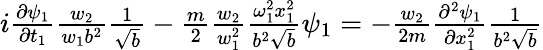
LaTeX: \begin{array}{r}{i\frac{\partial\psi_{1}}{\partial t_{1}}\frac{w_{2}}{w_{1}b^{2}}\frac{1}{\sqrt{b}}-\frac{m}{2}\frac{w_{2}}{w_{1}^{2}}\frac{\omega_{1}^{2}x_{1}^{2}}{b^{2}\sqrt{b}}\psi_{1}=-\frac{w_{2}}{2m}\frac{\partial^{2}\psi_{1}}{\partial x_{1}^{2}}\frac{1}{b^{2}\sqrt{b}}}\end{array}